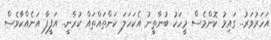
އަހަރުވަރު.. ގައިމު ކޮންމެސް މީހަކު ބުނާތީނު އެކަހަލަ ކަންތައްތައް ކުރާނީ.. އަފީފާ އަނެއްކާވެސް